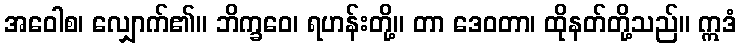
အဝေါစ၊ လျှောက်၏။ ဘိက္ခဝေ၊ ရဟန်းတို့။ တာ ဒေဝတာ၊ ထိုနတ်တို့သည်။ ဣဒံ